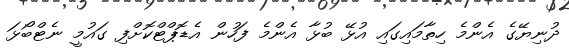
ދުނިޔޭގެ އެންމެ ހިތާމައިގައި އުޅޭ ބުޅާ އެންމެ ފަހުން އެޑޮޕްޓްކޮށްފި ގައުމީ ނެޓްބޯޅަ